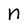
Character: n